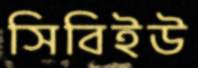
সিবিইউ